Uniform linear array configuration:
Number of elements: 48
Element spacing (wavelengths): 0.25
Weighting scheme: hamming
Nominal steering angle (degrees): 60
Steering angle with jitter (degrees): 59.309
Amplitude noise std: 0.05
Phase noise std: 0.05

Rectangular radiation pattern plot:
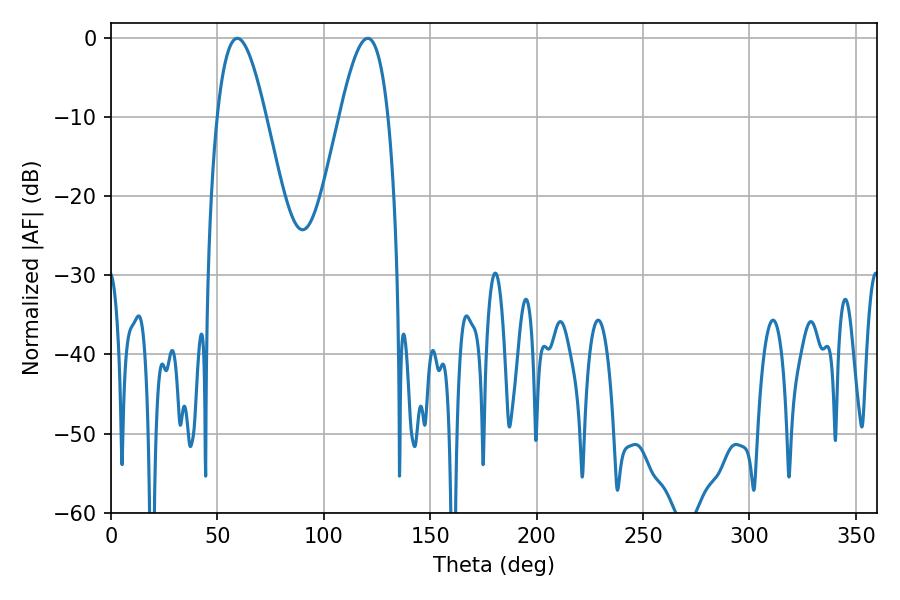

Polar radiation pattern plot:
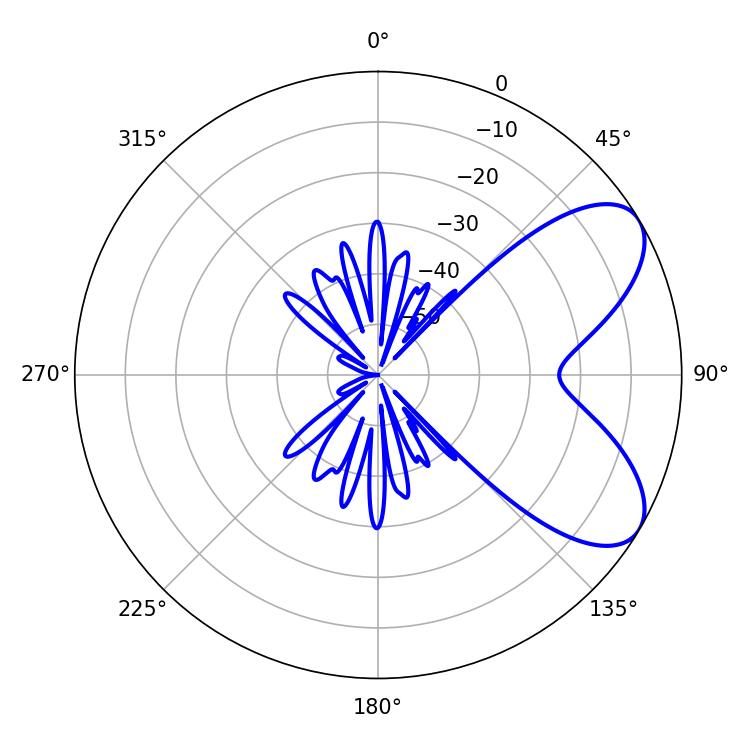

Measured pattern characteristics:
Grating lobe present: FALSE
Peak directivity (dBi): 6.884
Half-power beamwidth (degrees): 12.24
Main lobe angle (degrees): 59.4